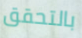
بالتحقق